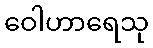
ဝေါဟာရေသု